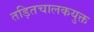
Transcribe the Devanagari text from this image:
तड़ितचालकयुक्त